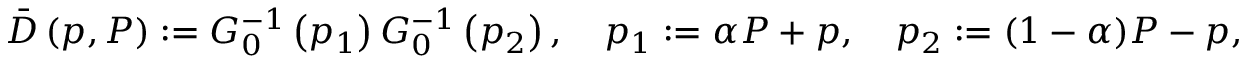
\bar { D } \left( p , P \right) : = G _ { 0 } ^ { - 1 } \left( p _ { 1 } \right) G _ { 0 } ^ { - 1 } \left( p _ { 2 } \right) , \quad p _ { 1 } : = \alpha P + p , \quad p _ { 2 } : = ( 1 - \alpha ) P - p ,